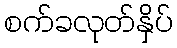
စက်ခလုတ်နှိပ်